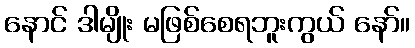
နောင် ဒါမျိုး မဖြစ်စေရဘူးကွယ် နော်။